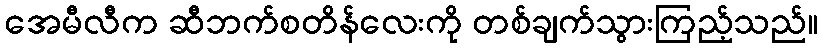
အေမီလီက ဆီဘက်စတိန်လေးကို တစ်ချက်သွားကြည့်သည်။